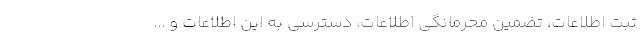
ثبت اطلاعات، تضمین محرمانگی اطلاعات، دسترسی به این اطلاعات و ...